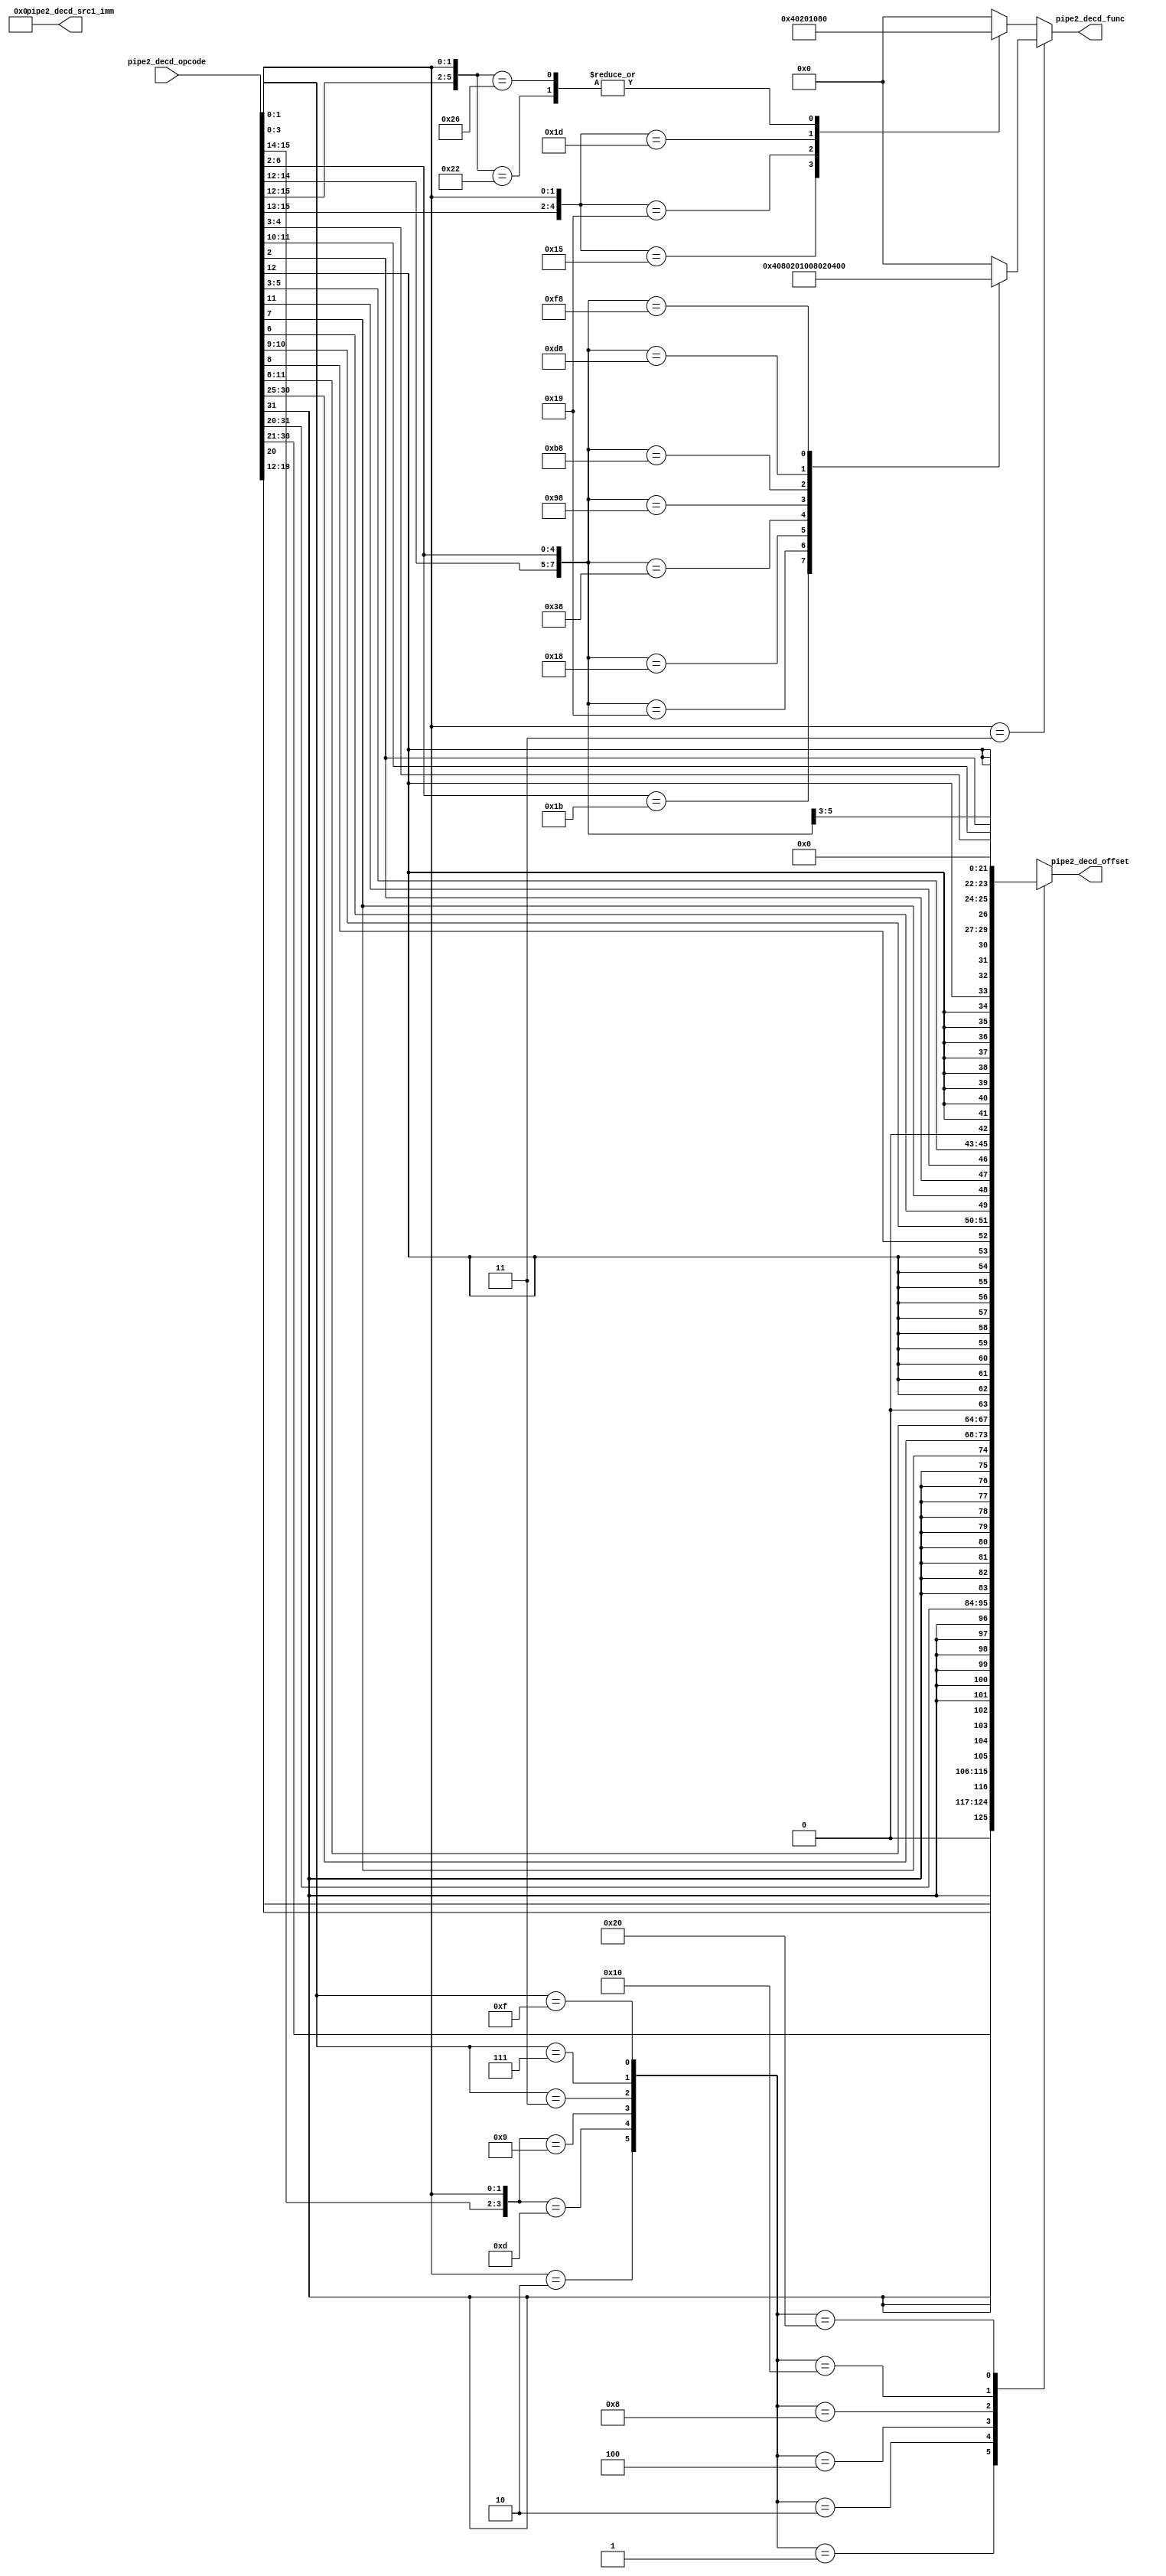
/*Copyright 2019-2021 T-Head Semiconductor Co., Ltd.

Licensed under the Apache License, Version 2.0 (the "License");
you may not use this file except in compliance with the License.
You may obtain a copy of the License at

    http://www.apache.org/licenses/LICENSE-2.0

Unless required by applicable law or agreed to in writing, software
distributed under the License is distributed on an "AS IS" BASIS,
WITHOUT WARRANTIES OR CONDITIONS OF ANY KIND, either express or implied.
See the License for the specific language governing permissions and
limitations under the License.
*/

// &ModuleBeg; @27
module ct_idu_rf_pipe2_decd(
  pipe2_decd_func,
  pipe2_decd_offset,
  pipe2_decd_opcode,
  pipe2_decd_src1_imm
);

// &Ports; @28
input   [31:0]  pipe2_decd_opcode;  
output  [7 :0]  pipe2_decd_func;    
output  [20:0]  pipe2_decd_offset;  
output  [63:0]  pipe2_decd_src1_imm; 

// &Regs; @29
reg     [7 :0]  decd_16_func;       
reg     [7 :0]  decd_32_func;       
reg     [20:0]  pipe2_decd_offset;  

// &Wires; @30
wire    [5 :0]  decd_imm_sel;       
wire    [31:0]  decd_op;            
wire    [7 :0]  pipe2_decd_func;    
wire    [31:0]  pipe2_decd_opcode;  
wire    [63:0]  pipe2_decd_src1_imm; 



//==========================================================
//                    Rename Input
//==========================================================
assign decd_op[31:0] = pipe2_decd_opcode[31:0];

//==========================================================
//                       Immediate
//==========================================================
//----------------------------------------------------------
//                   Source 1 immediate
//----------------------------------------------------------
assign pipe2_decd_src1_imm[63:0] = 64'b0;

//----------------------------------------------------------
//                    Offset Selection
//----------------------------------------------------------
//32 bit imm20
assign decd_imm_sel[0]   = (decd_op[3:0] == 4'b1111);
//32 bit imm12
assign decd_imm_sel[1]   = (decd_op[3:0] == 4'b0111);
//32 bit imm13
assign decd_imm_sel[2]   = (decd_op[3:0] == 4'b0011);
//16 bit imm12
assign decd_imm_sel[3]   = ({decd_op[15:14],decd_op[1:0]} == 4'b10_01);
//16 bit imm9
assign decd_imm_sel[4]   = ({decd_op[15:14],decd_op[1:0]} == 4'b11_01);
//16 bit 0
assign decd_imm_sel[5]   = (decd_op[1:0] == 2'b10);

//----------------------------------------------------------
//                     Offset immediate
//----------------------------------------------------------
// &CombBeg; @65
always @( decd_op[31:2]
       or decd_imm_sel[5:0])
begin
  case(decd_imm_sel[5:0])
    6'h01  : pipe2_decd_offset[20:0] = {decd_op[31],decd_op[19:12],
                                        decd_op[20], decd_op[30:21],1'b0};
    6'h02  : pipe2_decd_offset[20:0] = {{9{decd_op[31]}},decd_op[31:20]};
    6'h04  : pipe2_decd_offset[20:0] = {{8{decd_op[31]}},decd_op[31],
                                        decd_op[7], decd_op[30:25],
                                        decd_op[11:8],1'b0};
    6'h08  : pipe2_decd_offset[20:0] = {{9{decd_op[12]}},decd_op[12],
                                        decd_op[8], decd_op[10:9],
                                        decd_op[6], decd_op[7],
                                        decd_op[2], decd_op[11],
                                        decd_op[5:3],1'b0};
    6'h10  : pipe2_decd_offset[20:0] = {{12{decd_op[12]}},decd_op[12],
                                        decd_op[6:5], decd_op[2],
                                        decd_op[11:10], decd_op[4:3],1'b0};
    6'h20  : pipe2_decd_offset[20:0] = 21'b0;
    default: pipe2_decd_offset[20:0] = {21{1'bx}};
  endcase
// &CombEnd; @84
end

//==========================================================
//      Full Decoder for function and operand prepare
//==========================================================
//----------------------------------------------------------
//                  Rename for Output
//----------------------------------------------------------
assign pipe2_decd_func[7:0]            = (decd_op[1:0] == 2'b11)
                                         ? decd_32_func[7:0]
                                         : decd_16_func[7:0];

//----------------------------------------------------------
//                  16 bit FUll Decoder
//----------------------------------------------------------
// &CombBeg; @99
always @( decd_op[6:5]
       or decd_op[1:0]
       or decd_op[15:10])
begin
  //initialize decoded information value
  casez({decd_op[15:10], decd_op[6:5], decd_op[1:0]})
    //16-bits instructions decode logic
    10'b101???_??01: //c.j
      decd_16_func[7:0]                 = 8'b01_000000;
    10'b110???_??01: //c.beqz
      decd_16_func[7:0]                 = 8'b00_100000;
    10'b111???_??01: //c.bnez
      decd_16_func[7:0]                 = 8'b00_010000;
    10'b1000??_??10: //c.jr
      decd_16_func[7:0]                 = 8'b10_000000;
    10'b1001??_??10: //c.jalr
      decd_16_func[7:0]                 = 8'b10_000000;
    default:         //invalid instruction
      decd_16_func[7:0]                 = 8'b0;
  endcase
// &CombEnd; @116
end

//----------------------------------------------------------
//                   32 bits Full Decoder
//----------------------------------------------------------
// &CombBeg; @121
always @( decd_op[6:2]
       or decd_op[31:25]
       or decd_op[14:12])
begin
  //initialize decoded information value
  casez({decd_op[31:25], decd_op[14:12], decd_op[6:2]})
    //32-bits instructions decode logic
    15'b??????????11011: //jal (dst_vld deal in split)
      decd_32_func[7:0]                 = 8'b01000000;
    15'b???????00011001: //jalr (dst_vld deal in split)
      decd_32_func[7:0]                 = 8'b10000000;
    15'b???????00011000: //beq
      decd_32_func[7:0]                 = 8'b00100000;
    15'b???????00111000: //bne
      decd_32_func[7:0]                 = 8'b00_010000;
    15'b???????10011000: //blt
      decd_32_func[7:0]                 = 8'b00001000;
    15'b???????10111000: //bge
      decd_32_func[7:0]                 = 8'b00000010;
    15'b???????11011000: //bltu
      decd_32_func[7:0]                 = 8'b00000100;
    15'b???????11111000: //bgeu
      decd_32_func[7:0]                 = 8'b00000001;
    default:               //invalid instruction
      decd_32_func[7:0]                 = 8'b0;
  endcase
// &CombEnd; @144
end

// &ModuleEnd; @146
endmodule